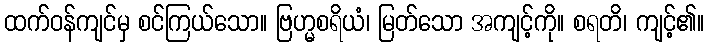
ထက်ဝန်ကျင်မှ စင်ကြယ်သော။ ဗြဟ္မစရိယံ၊ မြတ်သော အကျင့်ကို။ စရတိ၊ ကျင့်၏။